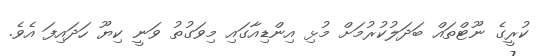
ކުރީގެ ނޫޓްތައް ބަދަލުކުރުމަށް މުޅި އިންޑިއާގައި މިވަގުތު ވަނީ ކިޔޫ ހަދައިފަ އެވެ.